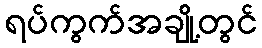
ရပ်ကွက်အချို့တွင်